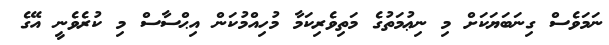
ނަމަވެސް ގިނަބަޔަކަށް މި ނިޢުމަތުގެ މަތިވެރިކަމާ މުހިއްމުކަން އިޙްސާސް މި ކުރެވެނީ އޭގެ